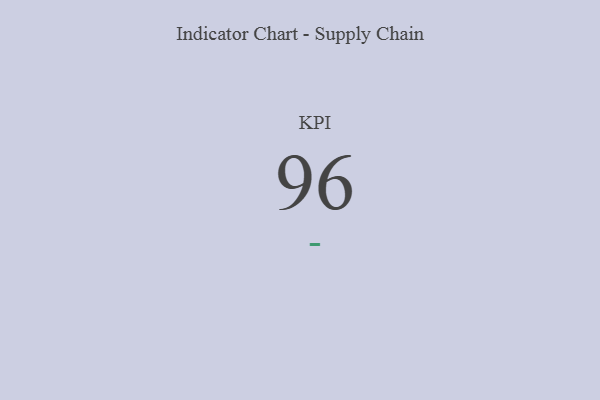
{"axis": {"x": "KPI", "y": "Value"}, "legend": [""], "data": [{"x": "KPI", "y": 96, "type": ""}]}